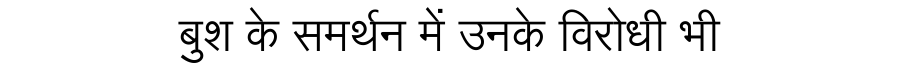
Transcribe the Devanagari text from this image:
बुश के समर्थन में उनके विरोधी भी